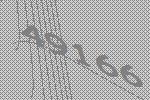
49166